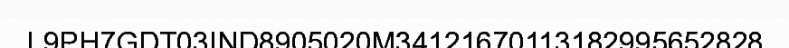
L9PH7GDT03IND8905020M34121670113182995652828